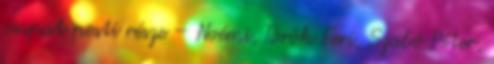
csapat pesti része – Noémi, Török Feri, Szabó Péter,